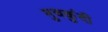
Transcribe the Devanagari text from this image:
मुचकुंदी